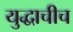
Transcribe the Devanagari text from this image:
युद्धाचीच